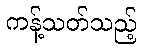
ကန့်သတ်သည့်